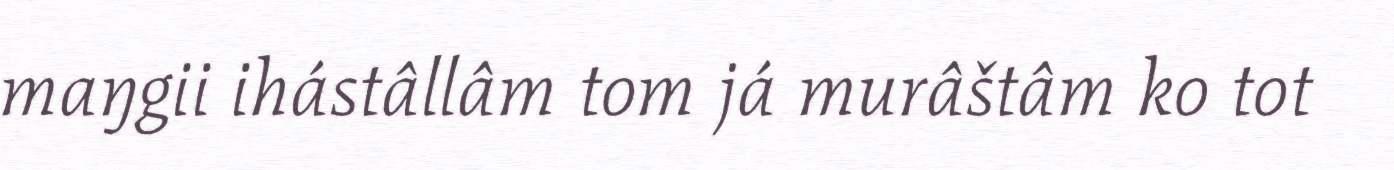
maŋgii ihástâllâm tom já murâštâm ko tot